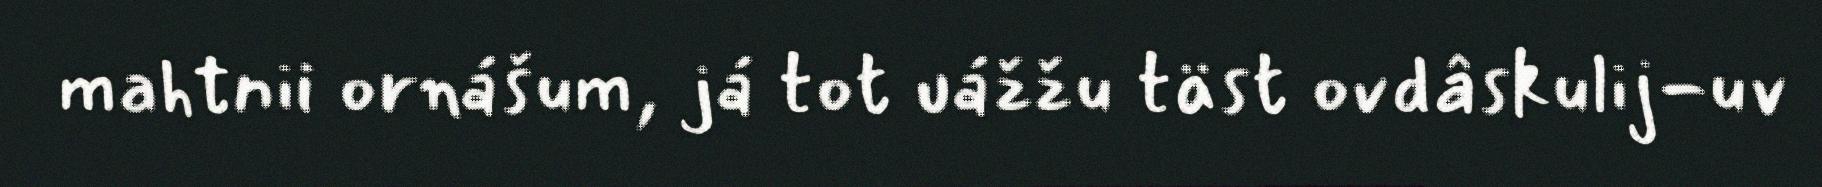
mahtnii ornášum, já tot uážžu täst ovdâskulij-uv